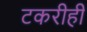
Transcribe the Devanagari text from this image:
टकरीही